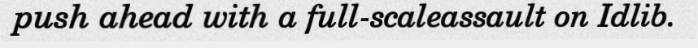
push ahead with a full-scaleassault on Idlib.